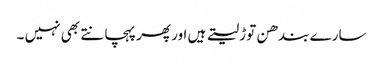
سارے بندھن توڑ لیتے ہیں اور پھر پہچانتے بھی نہیں ۔